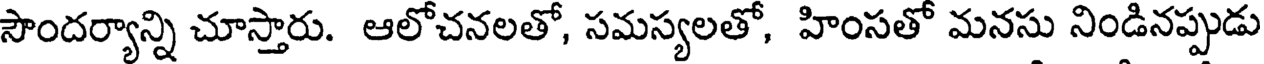
సౌందర్యాన్ని చూస్తారు. ఆలోచనలతో, సమస్యలతో, హింసతో మనసు నిండినప్పుడు